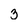
Character: 3